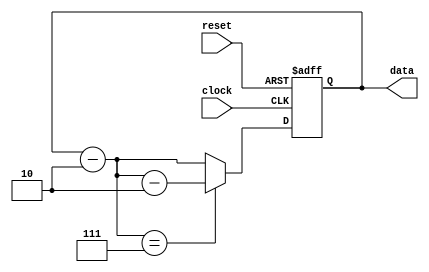
module dc7bit(input clock , input reset , output [6:0] data );

reg [6:0] r_in;
reg [6:0] r_out;

always @ (posedge clock , posedge reset)
begin
    if(reset)
        r_out<=7'b111_1111;
    else
        r_out<=r_in;
end

assign data=r_out;
always @(*)
begin
    r_in=r_out-2;
    if(r_in==7'b000_0111)
        r_in=r_in-2;
end

endmodule

`timescale  1ns/1ns

module tb();

reg clk;
reg re;
wire [6:0] d;

dc7bit dip(clk,re,d);

always begin
    clk=~clk;
    #10;
end



initial begin
    clk<=0;
    re<=1;
    #20;
    re<=0;
    #20;
    #20;
    #20;
    #20;
    #20;
    #20;
    #20;
    #20;
    #20;
    #20;
    #20;
    #20;
    #20;
    #20;
    #20;
    #20;
    #20;
    #20;
    #20;
    #20;
    #20;
    #20;
    #20;
    #20;
    #20;
    #20;
    #20;
    #20;
    #20;
    #20;
    #20;
    #20;
    #20;
    #20;
    #20;
    #20;
    #20;
    #20;
    #20;
    #20;
    #20;
    #20;
    #20;
    #20;
    #20;
    #20;
    #20;
    #20;
    #20;
    #20;
    #20;
    #20;
    #20;
    #20;
    #20;
    #20;
    #20;
    #20;
    #20;
    #20;
    #20;
    #20;
    #20;
    #20;
    #20;
    #20;
    #20;
    #20;
    #20;
    #20;
    #20;
    #20;
    #20;
    #20;
    #20;
    #20;
    #20;
    #20;
    #20;
    #20;
    re<=1;
    #20;
    re<=0;
    #20;
    #20;
    #20;
    #20;
    #20;
    #20;
    #20;
    #20;
    #20;
    #20;
    #20;


    $finish;
end

initial begin
    $monitor("%d\n",d);
end






endmodule